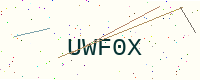
Text: UWF0X